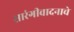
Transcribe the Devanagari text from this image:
सारंगीवादनाचे